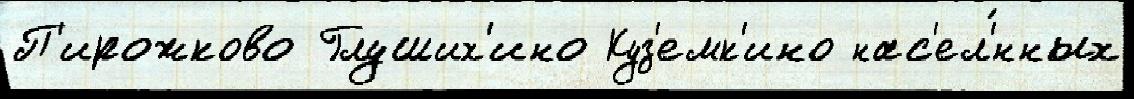
П'ирожково Глуших'ино Куз'емк'ино нас'ел'́нных